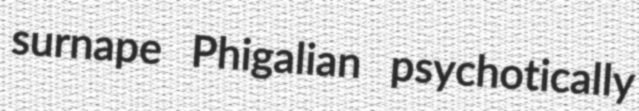
surnape Phigalian psychotically